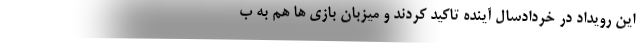
این رویداد در خردادسال آینده تاکید کردند و میزبان بازی ها هم به ب